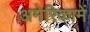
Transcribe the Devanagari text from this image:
अमेरिकामें